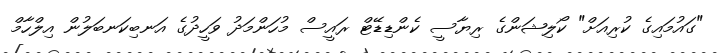
"ގައުމައިގެ ކުރިއަށް" ކޯލިޝަންގެ ރިޔާސީ ކެންޑިޑޭޓް ރައީސް މުހަންމަދު ވަހީދުގެ އަނބިކަނބަލުން އިލްހާމް